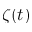
\zeta ( t )